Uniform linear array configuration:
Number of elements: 4
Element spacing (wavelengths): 0.75
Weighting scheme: exponential
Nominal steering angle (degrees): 30
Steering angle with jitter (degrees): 31.827
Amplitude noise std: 0.05
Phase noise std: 0.05

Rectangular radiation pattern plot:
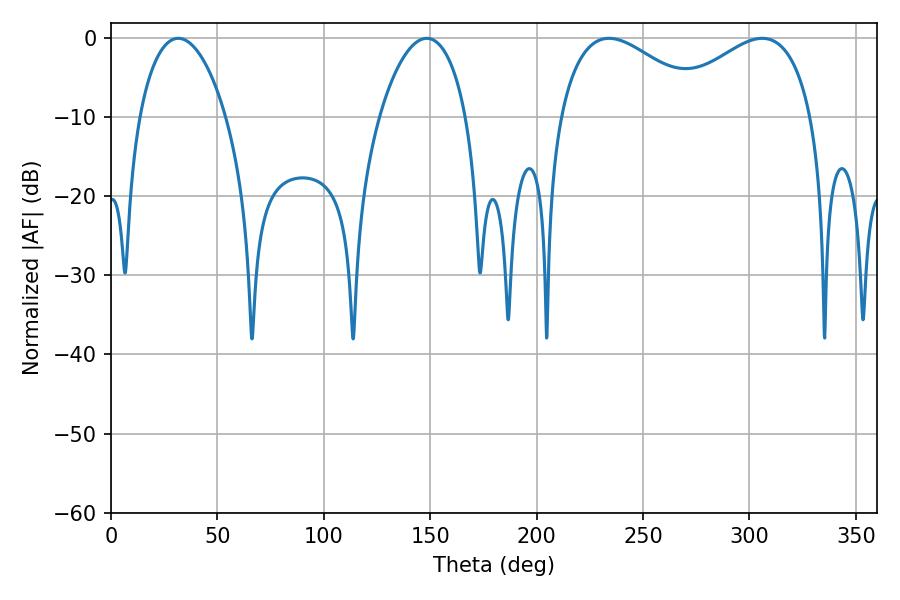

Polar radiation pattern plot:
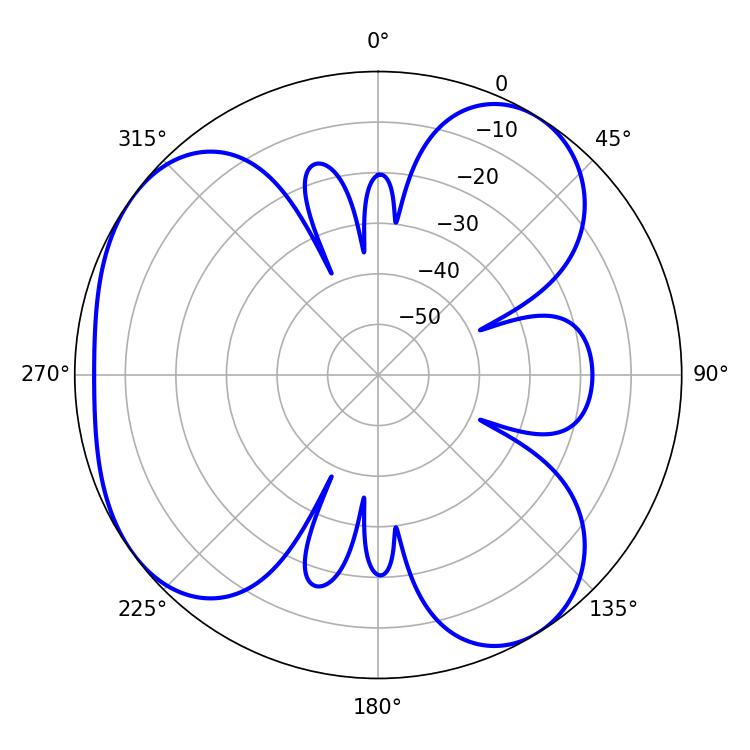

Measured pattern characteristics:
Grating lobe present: TRUE
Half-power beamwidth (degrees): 38.34
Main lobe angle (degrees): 234